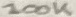
Text: 100K